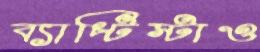
ব্যাপ্টিস্টাও